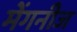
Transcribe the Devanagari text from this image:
मेंगनीज